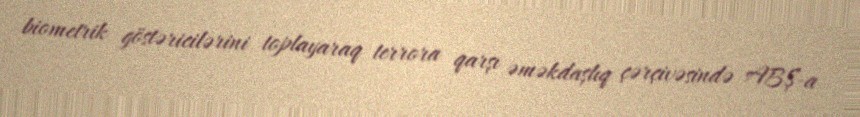
biometrik göstəricilərini toplayaraq terrora qarşı əməkdaşlıq çərçivəsində ABŞ-a